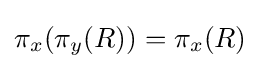
\pi _{x}(\pi _{y}(R))=\pi _{x}(R)